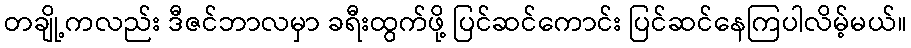
တချို့ကလည်း ဒီဇင်ဘာလမှာ ခရီးထွက်ဖို့ ပြင်ဆင်ကောင်း ပြင်ဆင်နေကြပါလိမ့်မယ်။